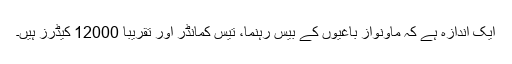
ایک اندازہ ہے کہ ماؤنواز باغیوں کے بیس رہنما، تیس کمانڈر اور تقریباً 12000 کیڈرز ہیں۔